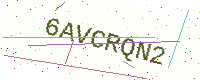
Text: 6AVCRQN2